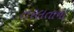
તરલતાના